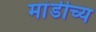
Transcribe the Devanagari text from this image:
मांडीच्य